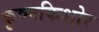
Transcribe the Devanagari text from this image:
कृष्णकिशोर